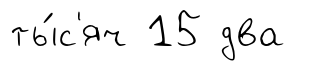
ты́с'яч 15 два